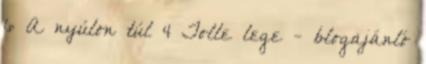
6 A nyúlon túl 4 Tolle lege - blogajánló